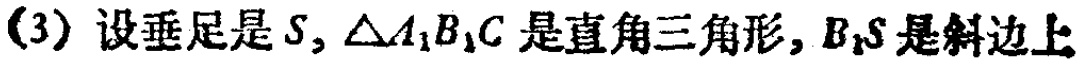
(3) 设垂足是 \(S\), \(\triangle A_{1}B_{1}C\) 是直角三角形, \(B_{1}S\) 是斜边上